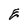
Character: E